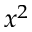
x ^ { 2 }